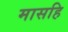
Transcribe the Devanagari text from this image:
मासहि